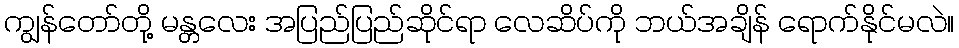
ကျွန်တော်တို့ မန္တလေး အပြည်ပြည်ဆိုင်ရာ လေဆိပ်ကို ဘယ်အချိန် ရောက်နိုင်မလဲ။